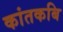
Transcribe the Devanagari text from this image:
कांतकबि